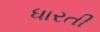
ધારતી